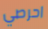
احرصي